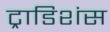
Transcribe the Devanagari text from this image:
ट्राडिशंस